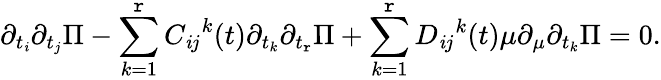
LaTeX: \partial_{t_{\mathit{i}}}\partial_{t_{j}}\Pi-\sum_{k=1}^{\mathtt{r}}{C_{\mathit{i}j}}^{k}(t)\partial_{t_{k}}\partial_{t_{\mathtt{r}}}\Pi+\sum_{k=1}^{\mathtt{r}}{D_{\mathit{i}j}}^{k}(t)\mu\partial_{\mu}\partial_{t_{k}}\Pi=0.